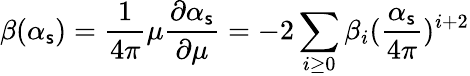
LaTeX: \beta(\alpha_{\mathsf{s}})=\frac{{1}}{{4\pi}}\mu\frac{{\partial\alpha_{\mathsf{s}}}}{{\partial\mu}}=-2\sum_{i\geq0}\beta_{i}(\frac{{\alpha_{\mathsf{s}}}}{{4\pi}})^{i+2}